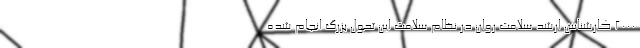
۲۰۰۰ کارشناس ارشد سلامت روان در نظام سلامت این تحول بزرگ انجام شده